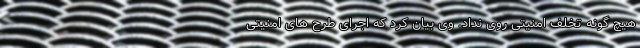
هیچ گونه تخلف امنیتی روی نداد. وی بیان کرد که اجرای طرح های امنیتی